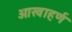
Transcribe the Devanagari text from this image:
ओखाहर्ण